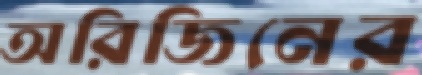
অরিজিনের